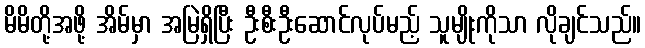
မိမိတို့အဖို့ အိမ်မှာ အမြဲရှိပြီး ဦးစီးဦးဆောင်လုပ်မည့် သူမျိုးကိုသာ လိုချင်သည်။